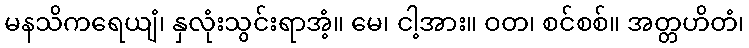
မနသိကရေယျံ၊ နှလုံးသွင်းရာအံ့။ မေ၊ ငါ့အား။ ဝတ၊ စင်စစ်။ အတ္တဟိတံ၊